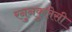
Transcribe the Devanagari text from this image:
रनुनकुलेसी